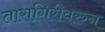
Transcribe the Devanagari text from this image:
तारागिरीवरुन